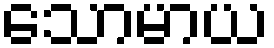
သောမာယ